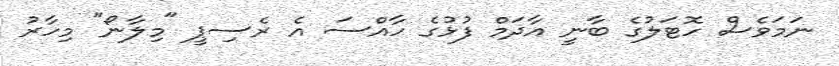
ނަމަވެސް ހޮޓަލުގެ ބާނީ އާދަމް ފުޅުގެ ހާއްސަ އެ ރެސިޕީ "މިލާނޯ" މިހާރު